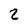
Character: 2